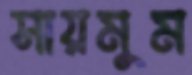
সায়মুম